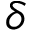
\delta